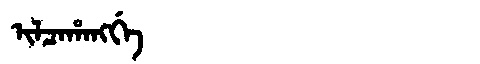
Manchu: ᡳᠯᠴᠠᡥᠠᠩᡤᡝ
Romanization: ILCAHANGGE